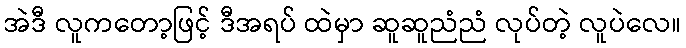
အဲဒီ လူကတော့ဖြင့် ဒီအရပ် ထဲမှာ ဆူဆူညံညံ လုပ်တဲ့ လူပဲလေ။